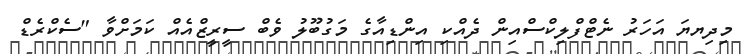
މިދިޔޔަ އަހަރު ނެޓްފްލިކްސްއިން ދެއްކި އިންޑިއާގެ މަގުބޫލު ވެބް ސީރީޒްއެއް ކަަމަށްވާ "ސެކްރެޑް